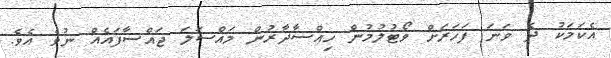
އެކަމަކު ދެ ވަނަ ފަހަރަށް ވޯޓުލުމުން ހިއްސާދާރުން މައްސަލަ ޖައްސާފައެއް ނުވެ އެވެ.